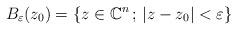
LaTeX: \begin{align*}B_\varepsilon(z_0)=\{ z\in\mathbb{C}^n\,;\,|z-z_0|<\varepsilon \}\end{align*}